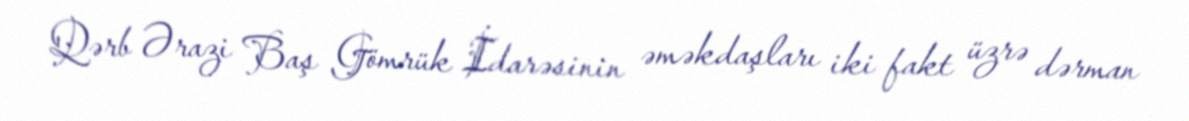
Qərb Ərazi Baş Gömrük İdarəsinin əməkdaşları iki fakt üzrə dərman